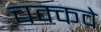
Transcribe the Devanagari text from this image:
चक्‍कवे